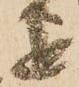
を